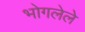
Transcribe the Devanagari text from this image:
भोगलेले